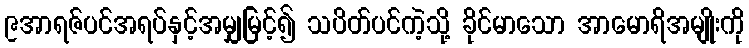
၉အာရဇ်ပင်အရပ်နှင့်အမျှမြင့်၍ သပိတ်ပင်ကဲ့သို့ ခိုင်မာသော အာမောရိအမျိုးကို